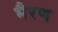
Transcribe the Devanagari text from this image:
भैरण